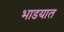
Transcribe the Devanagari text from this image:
भाडयात